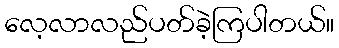
လေ့လာလည်ပတ်ခဲ့ကြပါတယ်။